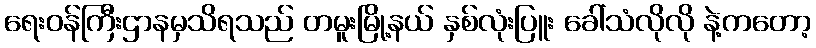
ရေးဝန်ကြီးဌာနမှသိရသည် တမူးမြို့နယ် နှစ်လုံးပြူး ခေါ်သံလိုလို နဲ့ကတော့